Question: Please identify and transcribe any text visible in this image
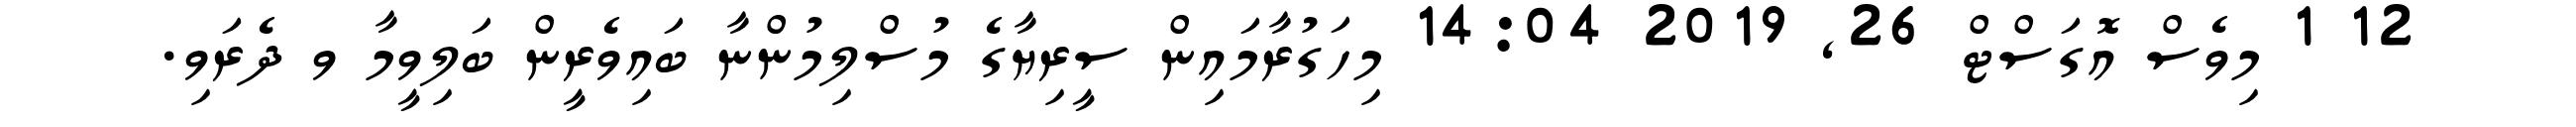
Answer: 12 1 މިވެސް އޮގަސްޓް 26, 2019 14:04 މިހަގުރާމައިން ސީރިޔާގެ މުސްލިމުންނާ ބައިވެރީން ބަލިވީމާ ވ ދެރަވި.